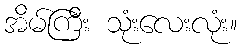
အိမ်ကြီး သုံးလေးလုံး။